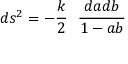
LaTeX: d s ^ { 2 } = - \frac { k } { 2 } \ \ \frac { d a d b } { 1 - a b }